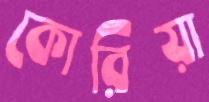
কোরিয়া